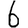
Digit: 6